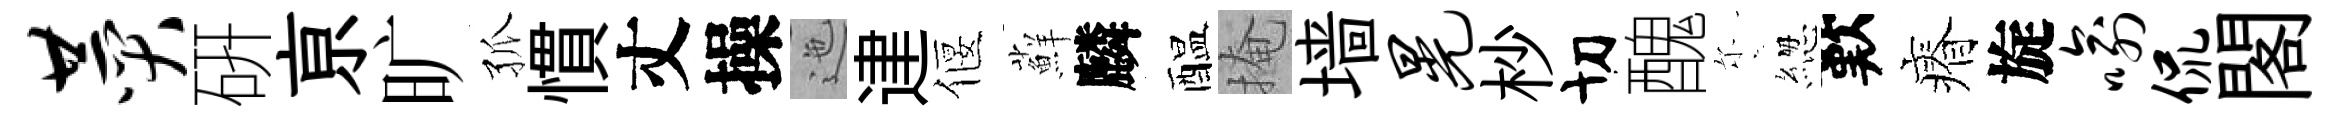
赞硏亰旷孤慣丈操迤䢖偃蘚麟醖掩墙晃杪切醜尓緫歎瘠旋喻侃閣